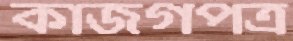
কাজগপত্র